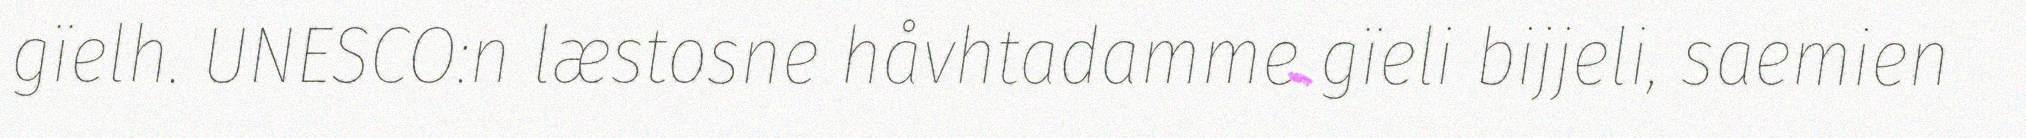
gïelh. UNESCO:n læstosne håvhtadamme gïeli bijjeli, saemien